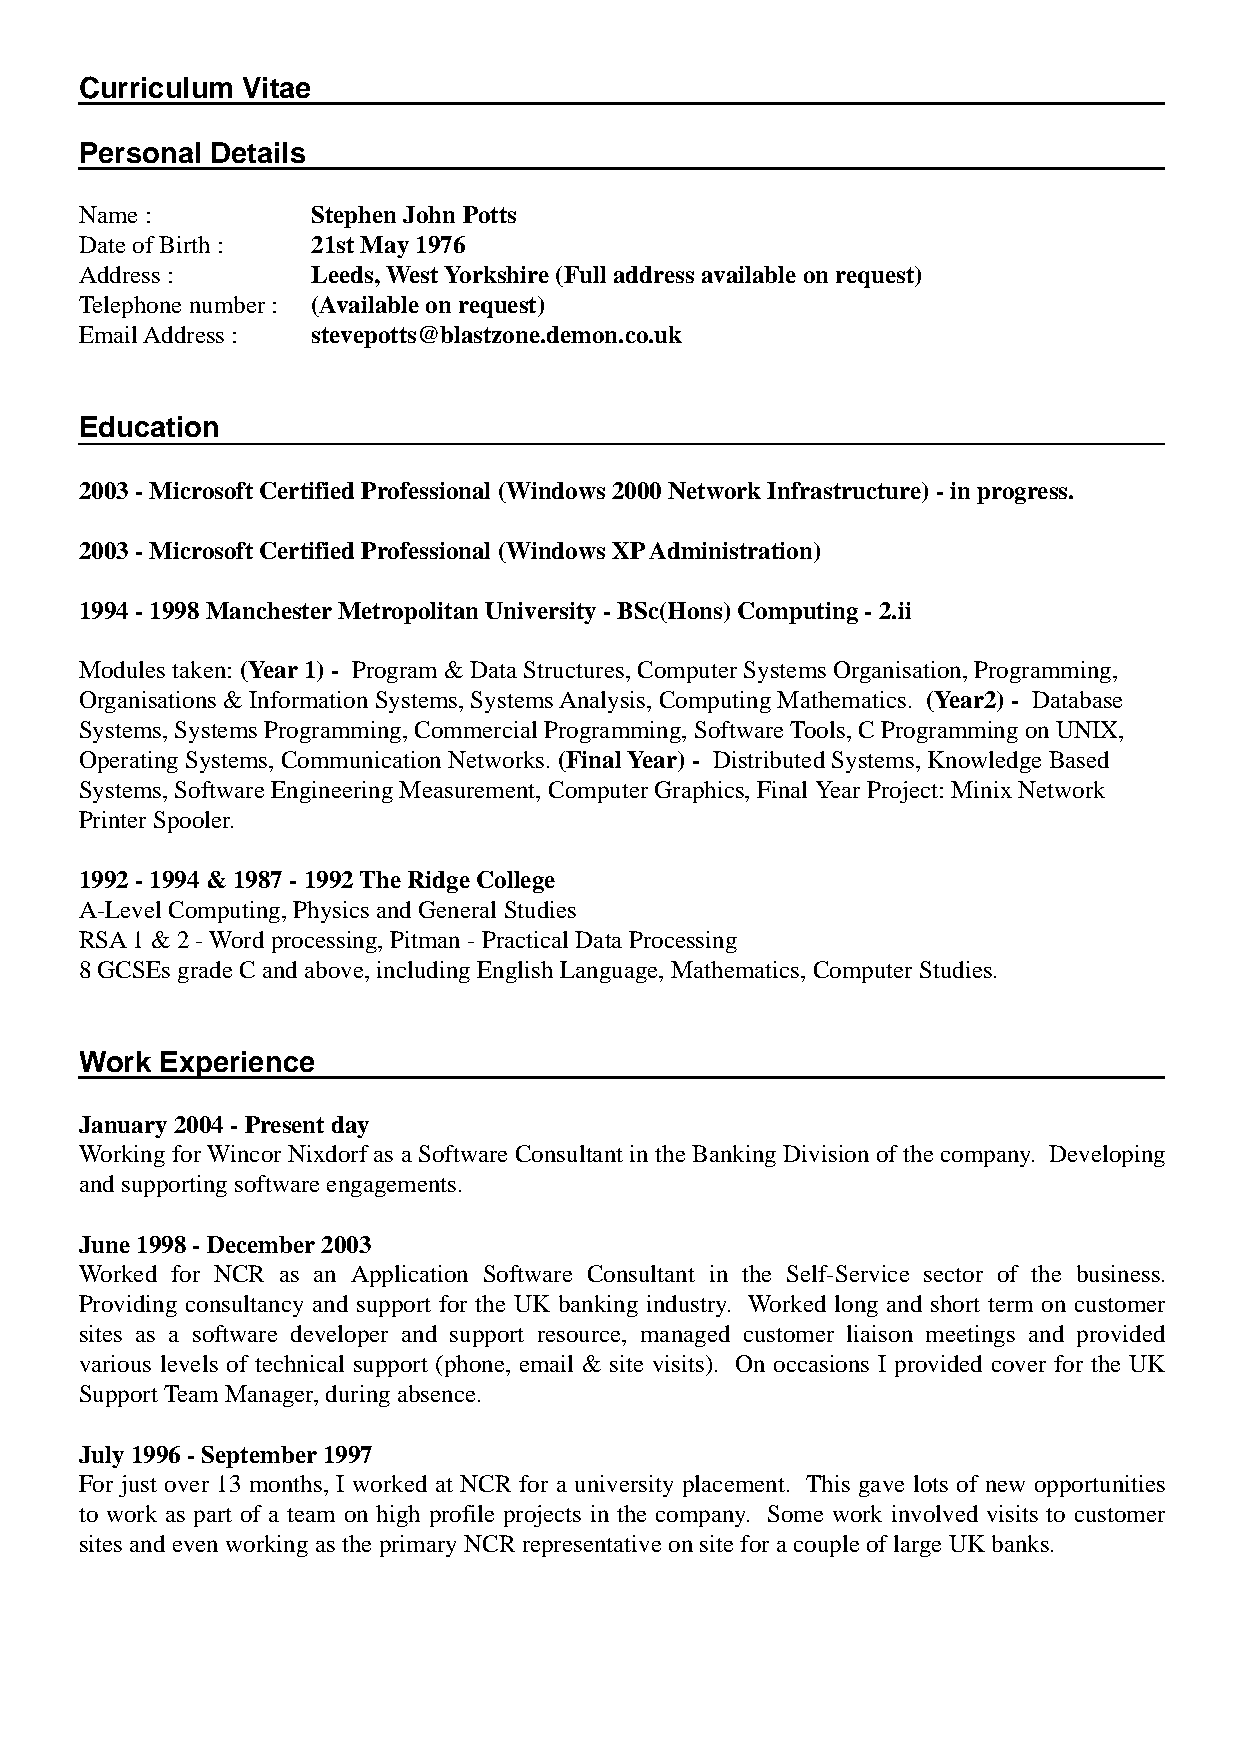
Curriculum Vitae
 Personal Details
 Name :          Stephen John Potts
 Date of Birth : 21st May 1976
 Address :       Leeds, West Yorkshire (Full address available on request)
 Telephone number : (Available on request)
 Email Address : stevepotts@blastzone.demon.co.uk
 Education
 2003 - Microsoft Certified Professional (Windows 2000 Network Infrastructure) - in progress.
 2003 - Microsoft Certified Professional (Windows XP Administration)
 1994 - 1998 Manchester Metropolitan University - BSc(Hons) Computing - 2.ii
 Modules taken: (Year 1) - Program & Data Structures, Computer Systems Organisation, Programming,
 Organisations & Information Systems, Systems Analysis, Computing Mathematics. (Year2) - Database
 Systems, Systems Programming, Commercial Programming, Software Tools, C Programming on UNIX,
 Operating Systems, Communication Networks. (Final Year) - Distributed Systems, Knowledge Based
 Systems, Software Engineering Measurement, Computer Graphics, Final Year Project: Minix Network
 Printer Spooler.
 1992 - 1994 & 1987 - 1992 The Ridge College
 A-Level Computing, Physics and General Studies
 RSA 1 & 2 - Word processing, Pitman - Practical Data Processing
 8 GCSEs grade C and above, including English Language, Mathematics, Computer Studies.
 Work  Experience
 January 2004 - Present day
 Working for Wincor Nixdorf as a Software Consultant in the Banking Division of the company. Developing
 and supporting software engagements.
 June 1998 - December 2003
 Worked for NCR as an Application Software Consultant in the Self-Service sector of the business.
 Providing consultancy and support for the UK banking industry. Worked long and short term on customer
 sites as a software developer and support resource, managed customer liaison meetings and provided
 various levels of technical support (phone, email & site visits). On occasions I provided cover for the UK
 Support Team Manager, during absence.
 July 1996 - September 1997
 For just over 13 months, I worked at NCR for a university placement. This gave lots of new opportunities
 to work as part of a team on high profile projects in the company. Some work involved visits to customer
 sites and even working as the primary NCR representative on site for a couple of large UK banks.